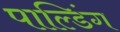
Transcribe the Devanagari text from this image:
पाल्डिंग